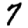
Digit: 7